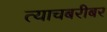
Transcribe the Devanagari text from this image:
त्याचबरीबर